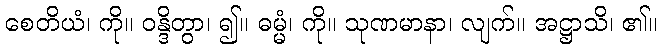
စေတိယံ၊ ကို။ ဝန္ဒိတွာ၊ ၍။ ဓမ္မံ၊ ကို။ သုဏမာနာ၊ လျက်။ အဋ္ဌာသိ၊ ၏။